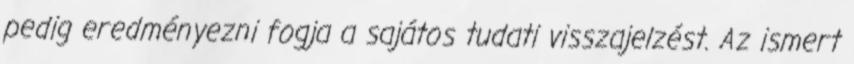
pedig eredményezni fogja a sajátos tudati visszajelzést. Az ismert